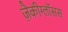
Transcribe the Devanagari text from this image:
ज़ैकीग्लॉसस